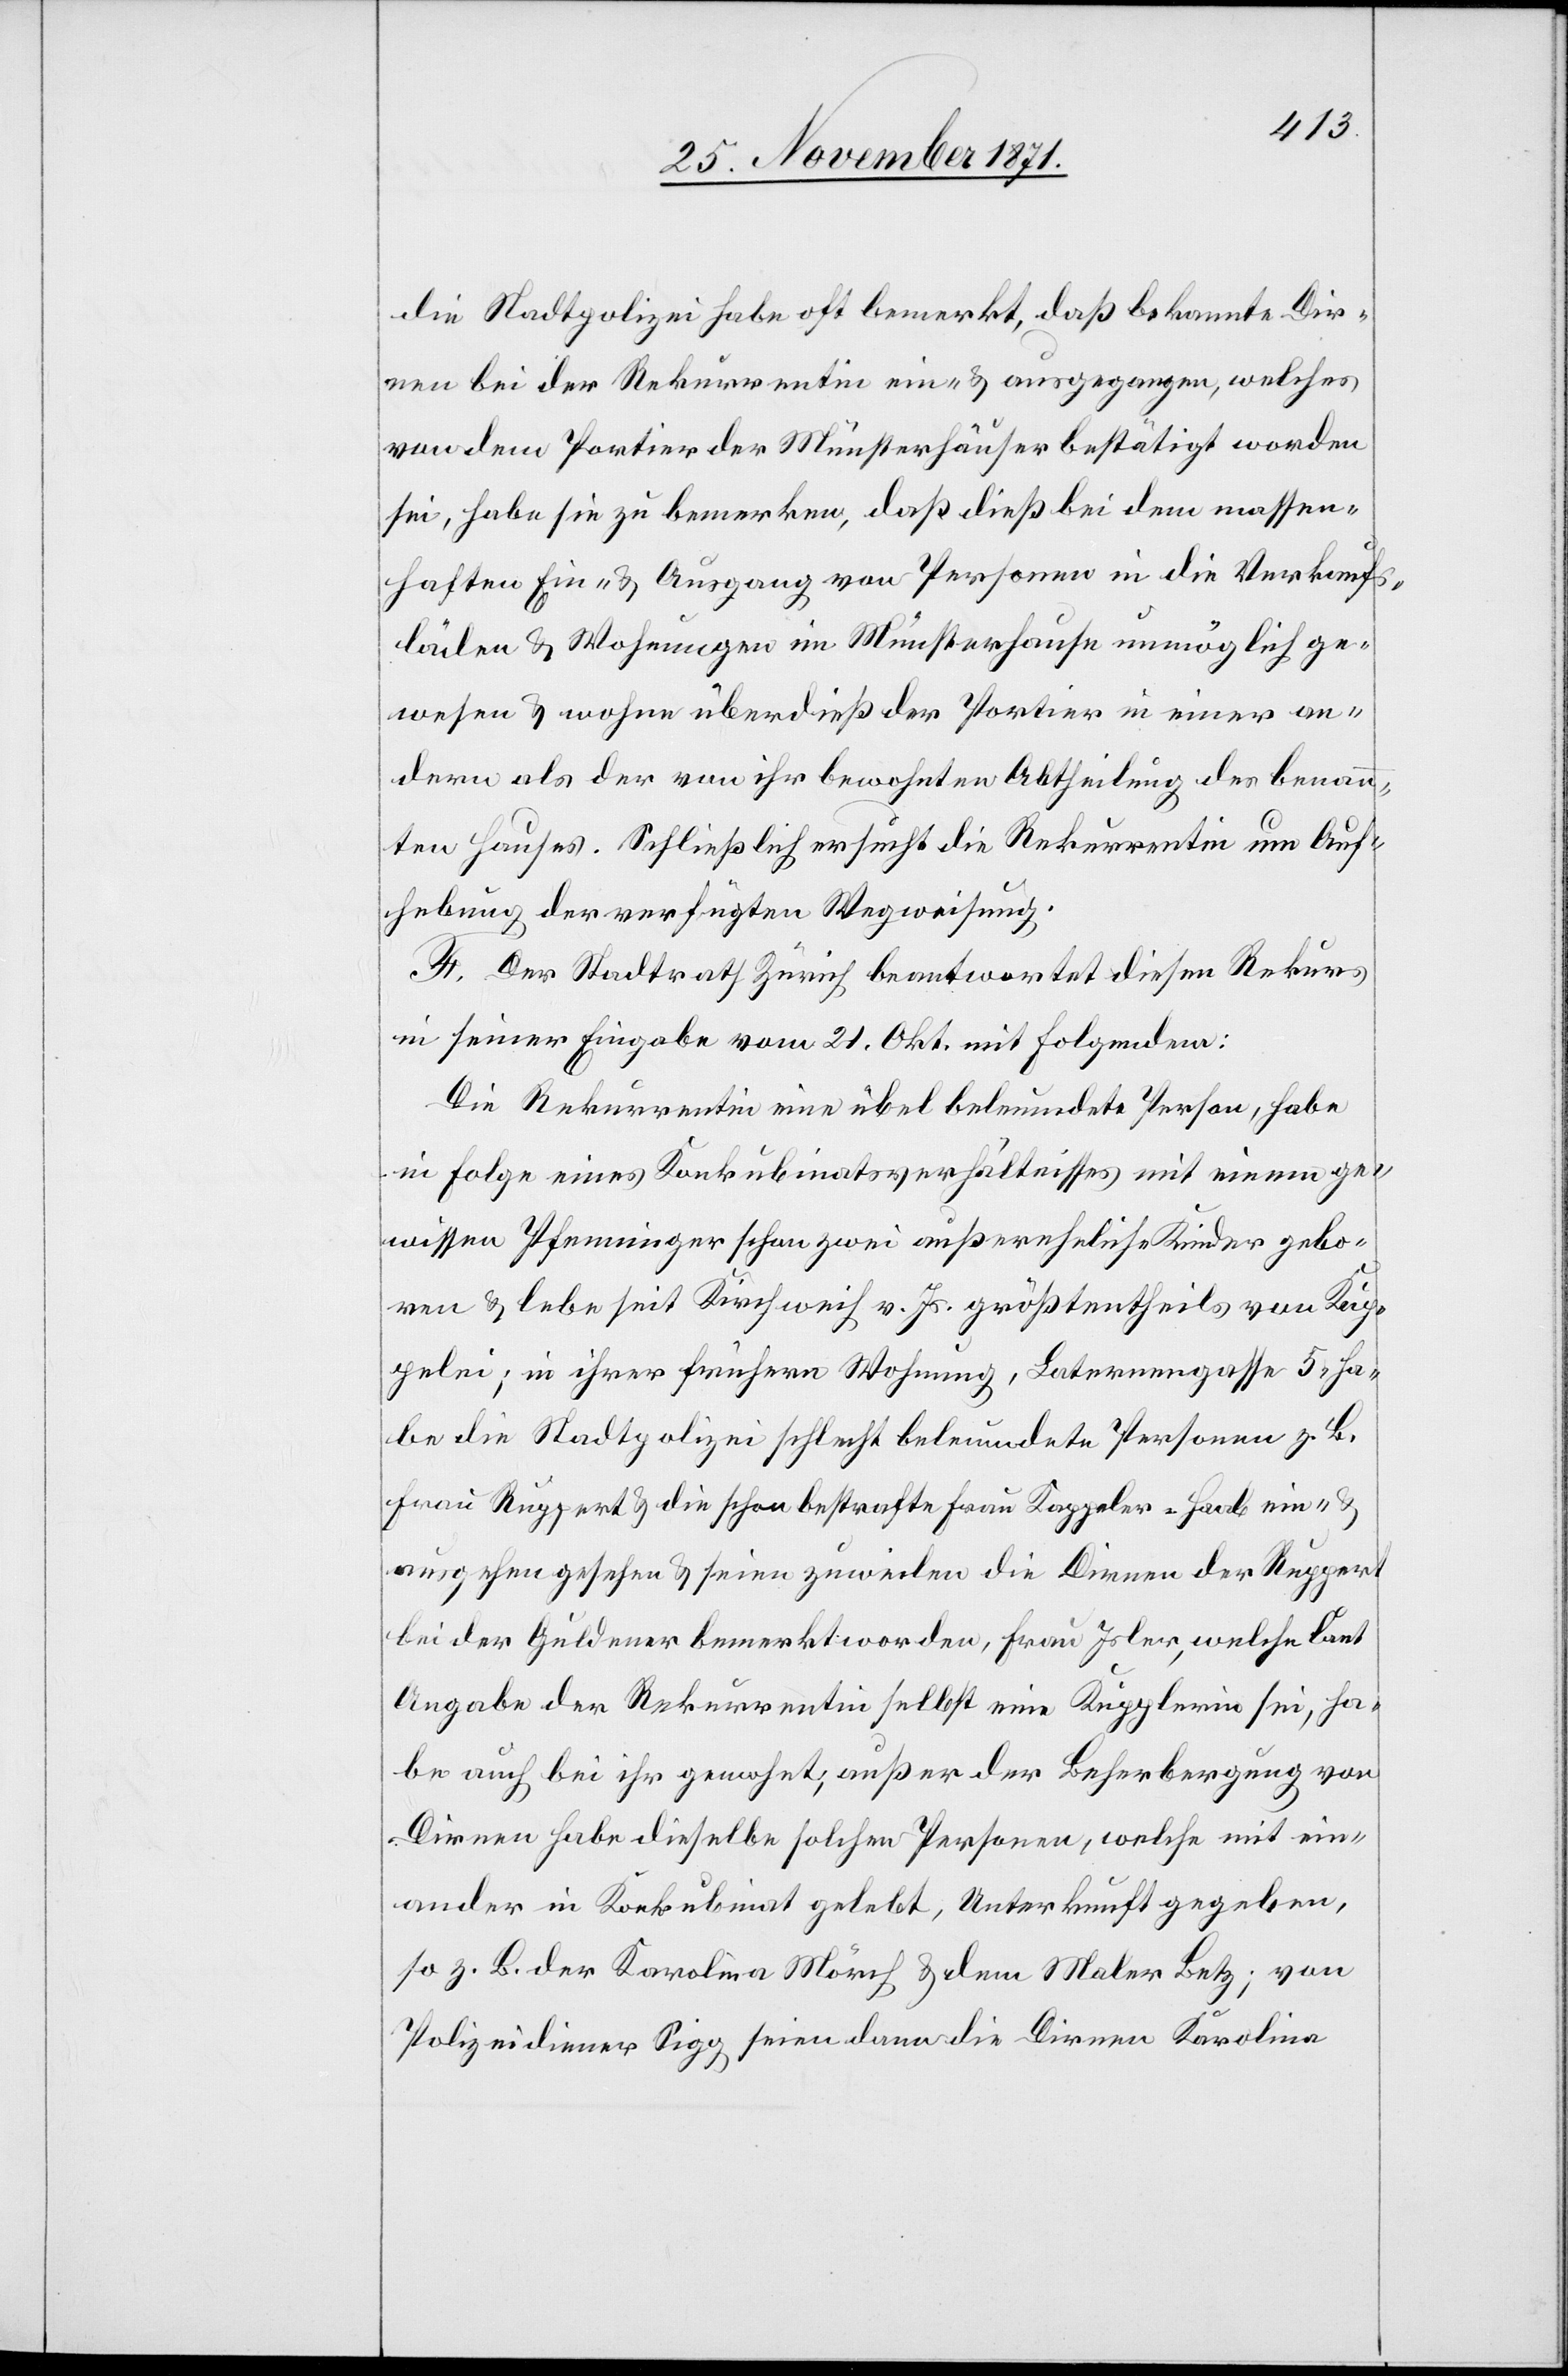
die Stadtpolizei habe oft bemerkt, daß bekannte Dir¬
nen bei der Rekurrentin ein- & ausgegangen, welches
von dem Portier der Münsterhäuser bestätigt worden
sei, habe sie zu bemerken, daß dieß bei dem massen¬
haften Ein- & Ausgang von Personen in die Verkaufs¬
läden & Wohnungen im Münsterhause unmöglich ge¬
wesen & wohne überdieß der Portier in einer an¬
dern als der von ihr bewohnten Abtheilung des benann¬
ten Hauses. Schließlich ersucht die Rekurrentin um Auf¬
hebung der verfügten Wegweisung.
F. Der Stadtrath Zürich beantwortet diesen Rekurs
in seiner Eingabe vom 21. Okt. mit Folgendem:
Die Rekurrentin, eine übel beleumundete Person, habe
in Folge eines Konkubinatsverhältnisses mit einem ge¬
wissen Pfenninger schon zwei außereheliche Kinder gebo¬
ren & lebe seit Kirchweih v. Js. größtentheils von Kup¬
pelei; in ihrer frühern Wohnung, Laternengasse 5, ha¬
be die Stadtpolizei schlecht beleumundete Personen z. B.
Frau Ruppert & die schon bestrafte Frau Kappeler-Haab ein- &
ausgehen gesehen & seien zuweilen die Dirnen der Ruppert
bei der Guldener bemerkt worden, Frau Isler, welche laut
Angabe der Rekurrentin selbst eine Kupplerin sei, ha¬
be auch bei ihr gewohnt, außer der Beherbergung von
Dirnen habe dieselbe solchen Personen, welche mit ein¬
ander in Konkubinat gelebt, Unterkunft gegeben,
so z. B. der Karolina Mörch & dem Maler Betz; von
Polizeidiener Sigg seien dann die Dirnen Karolina